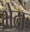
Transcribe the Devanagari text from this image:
भेदाः